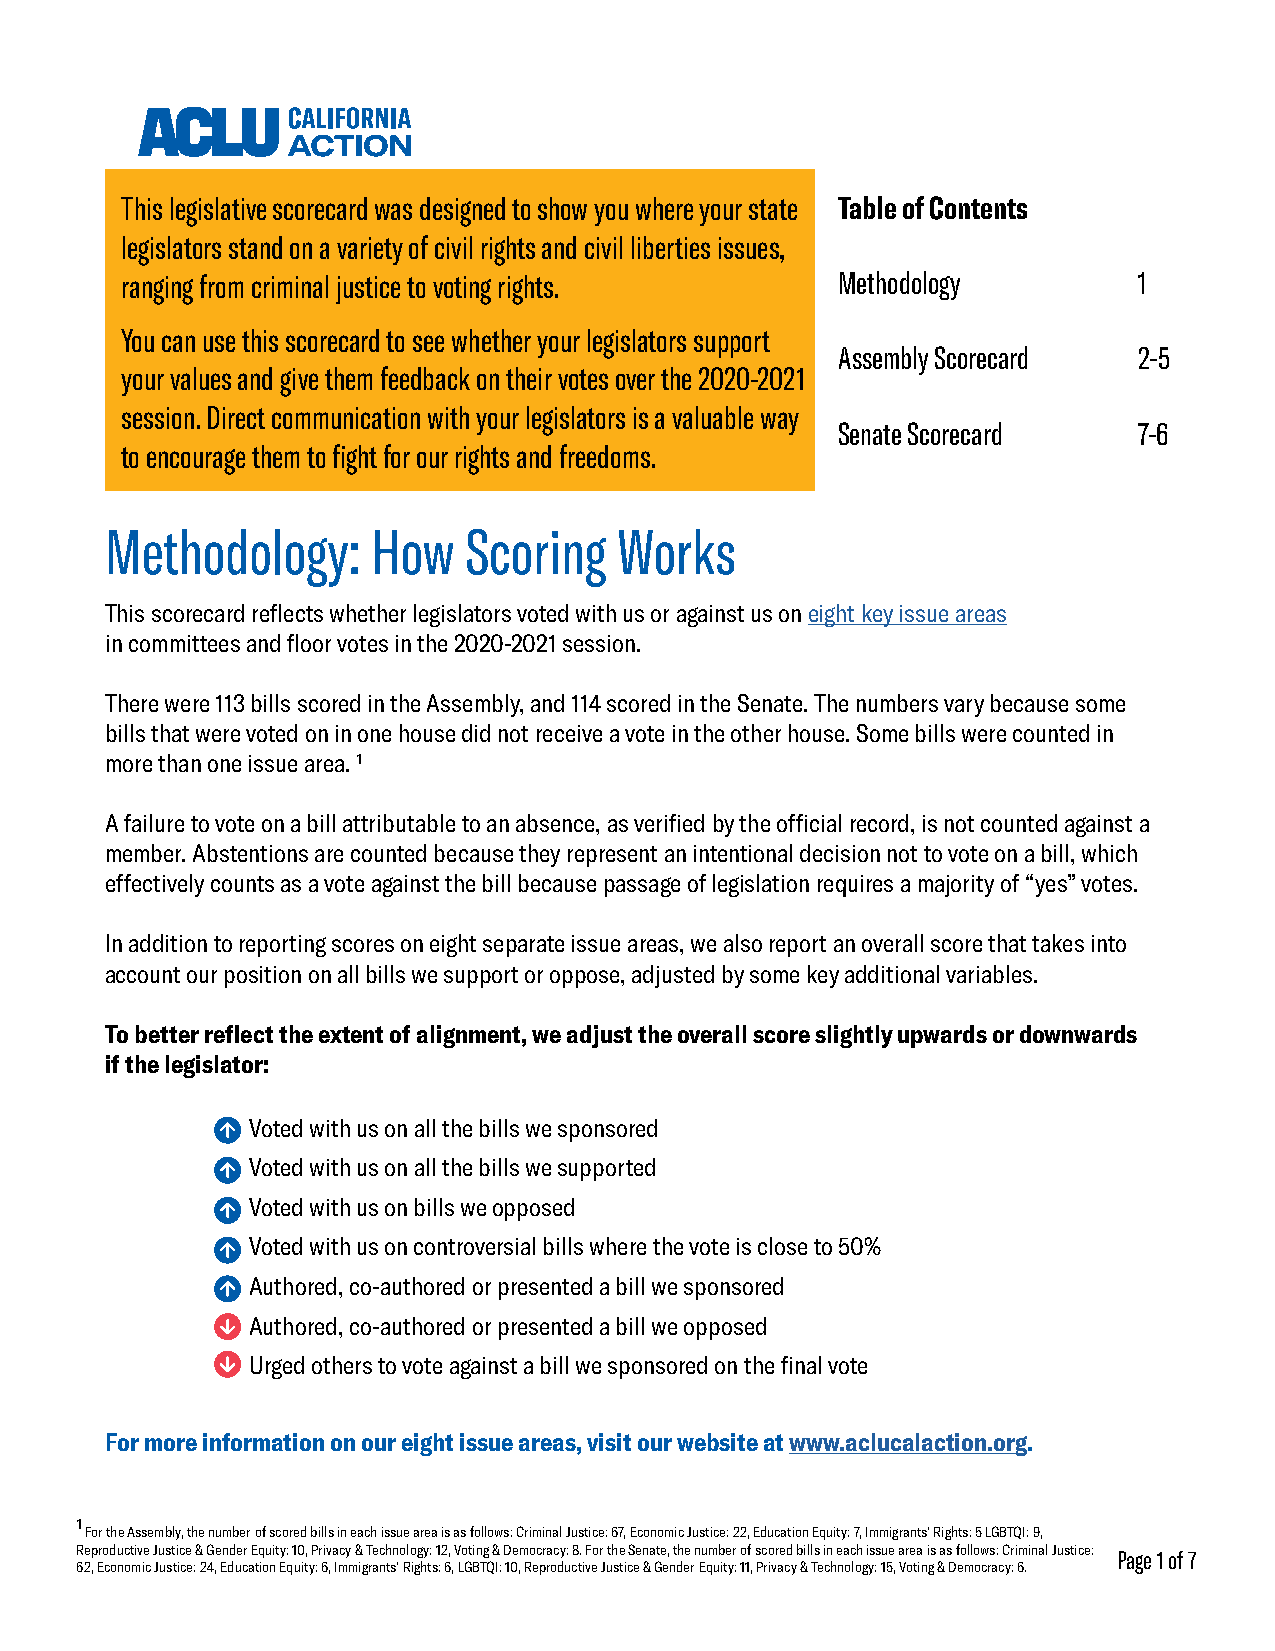
This legislative scorecard was designed to show you where your state Table of Contents
 legislators stand on a variety of civil rights and civil liberties issues,
 ranging from criminal justice to voting rights. Methodology        1
 You can use this scorecard to see whether your legislators support
 Assembly Scorecard 2-5
 your values and give them feedback on their votes over the 2020-2021
 session. Direct communication with your legislators is a valuable way
 Senate Scorecard   7-6
 to encourage them to fight for our rights and freedoms.
 Methodology:      How   Scoring   Works
 This scorecard reflects whether legislators voted with us or against us on eight key issue areas
 in committees and floor votes in the 2020-2021 session.
 There were 113 bills scored in the Assembly, and 114 scored in the Senate. The numbers vary because some
 bills that were voted on in one house did not receive a vote in the other house. Some bills were counted in
 more than one issue area. 1
 A failure to vote on a bill attributable to an absence, as verified by the official record, is not counted against a
 member. Abstentions are counted because they represent an intentional decision not to vote on a bill, which
 effectively counts as a vote against the bill because passage of legislation requires a majority of “yes” votes.
 In addition to reporting scores on eight separate issue areas, we also report an overall score that takes into
 account our position on all bills we support or oppose, adjusted by some key additional variables.
 To better reflect the extent of alignment, we adjust the overall score slightly upwards or downwards
 if the legislator:
 Voted with us on all the bills we sponsored
 Voted with us on all the bills we supported
 Voted with us on bills we opposed
 Voted with us on controversial bills where the vote is close to 50%
 Authored, co-authored or presented a bill we sponsored
 Authored, co-authored or presented a bill we opposed
 Urged others to vote against a bill we sponsored on the final vote
 For more information on our eight issue areas, visit our website at www.aclucalaction.org.
 1
 For the Assembly, the number of scored bills in each issue area is as follows: Criminal Justice: 67, Economic Justice: 22, Education Equity: 7, Immigrants’ Rights: 5 LGBTQI: 9,
 Reproductive Justice & Gender Equity: 10, Privacy & Technology: 12, Voting & Democracy: 8. For the Senate, the number of scored bills in each issue area is as follows: Criminal Justice:
 Page 1 of 7
 62, Economic Justice: 24, Education Equity: 6, Immigrants’ Rights: 6, LGBTQI: 10, Reproductive Justice & Gender Equity: 11, Privacy & Technology: 15, Voting & Democracy: 6.